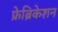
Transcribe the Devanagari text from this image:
फ्रेब्रिकेशन